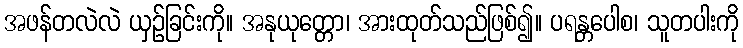
အဖန်တလဲလဲ ယှဉ်ခြင်းကို။ အနုယုတ္တော၊ အားထုတ်သည်ဖြစ်၍။ ပရန္တပေါစ၊ သူတပါးကို